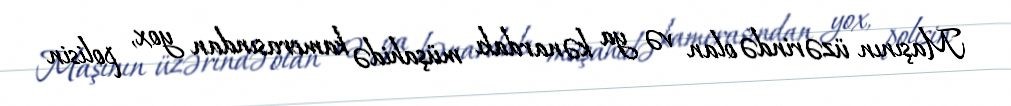
Maşının üzərində olan və ya kənardakı müşahidə kamerasından yox, polisin